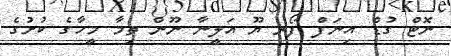
ނޮޓް ގުޑް އިނަފް ފޯރ ޔޫ އަލީނާ ނޫން ތިމާ މީހާގެ ކުށުގެ